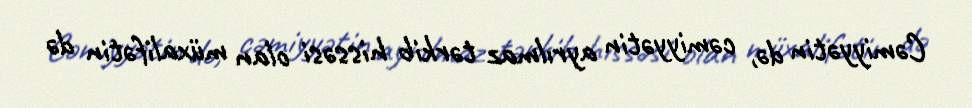
Cəmiyyətin də, cəmiyyətin ayrılmaz tərkib hissəsi olan müxalifətin də